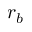
r _ { b }